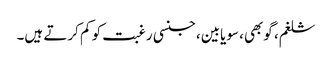
شلغم، گوبھی، سویابین، جنسی رغبت کو کم کرتے ہیں۔